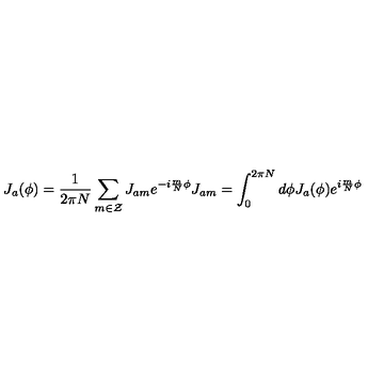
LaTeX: J _ { a } ( \phi ) = \frac { 1 } { 2 \pi N } \sum _ { m \in \cal { Z } } J _ { a m } e ^ { - i \frac { m } { N } \phi } J _ { a m } = \int _ { 0 } ^ { 2 \pi N } d \phi J _ { a } ( \phi ) e ^ { i \frac { m } { N } \phi }